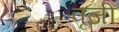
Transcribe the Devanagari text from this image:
वृजी